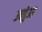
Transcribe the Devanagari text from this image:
उद्योुआ